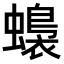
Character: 𧒬